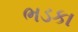
ભડકા